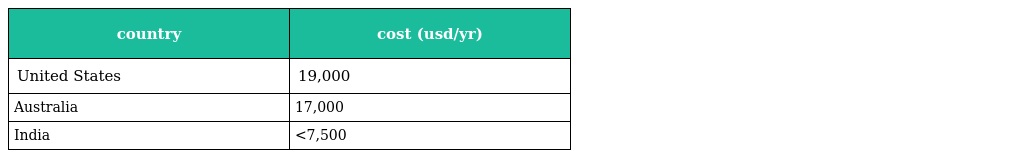
| country | cost (usd/yr) |
 | --- | --- |
 | United States | 19,000 |
 | Australia | 17,000 |
 | India | <7,500 |